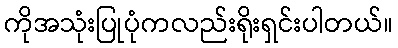
ကိုအသုံးပြုပုံကလည်းရိုးရှင်းပါတယ်။